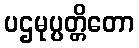
ပဌမုပ္ပတ္တိတော